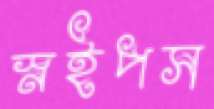
স্নইপস